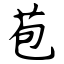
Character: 苞